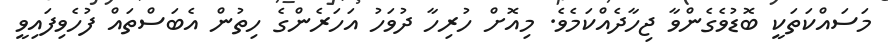
މަސައްކަތަކީ ބޮޑުވެގެންވާ ޖިހާދެއްކަމެވެ. މިއޮށް ހުރިހާ ދުވަހު އަހަރެންގެ ހިތުން އެބަސްތައް ފުހެވިފައިވީ